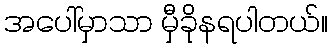
အပေါ်မှာသာ မှီခိုနရပါတယ်။